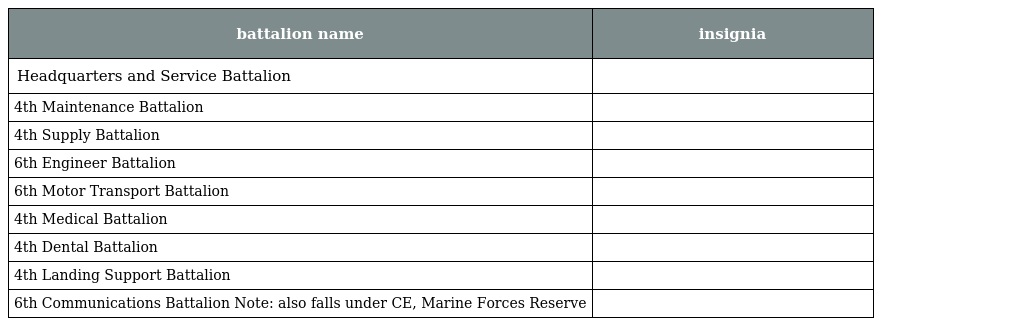
| battalion name | insignia |
 | --- | --- |
 | Headquarters and Service Battalion |  |
 | 4th Maintenance Battalion |  |
 | 4th Supply Battalion |  |
 | 6th Engineer Battalion |  |
 | 6th Motor Transport Battalion |  |
 | 4th Medical Battalion |  |
 | 4th Dental Battalion |  |
 | 4th Landing Support Battalion |  |
 | 6th Communications Battalion Note: also falls under CE, Marine Forces Reserve |  |